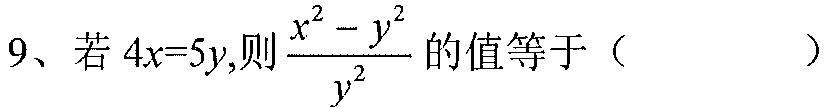
9、若\(4x = 5y\),则\(\dfrac{x^{2}-y^{2}}{y^{2}}\)的值等于（  ）